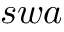
s w a